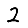
Digit: 2